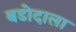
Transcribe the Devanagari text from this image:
बडोदाला